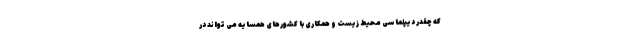
که چقدر دیپلماسی محیط زیست و همکاری با کشورهای همسایه می تواند در